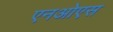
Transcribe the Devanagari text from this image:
एनओएस